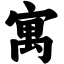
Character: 寓